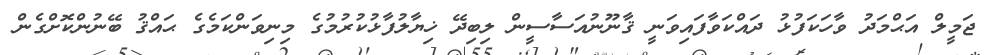
ޖަމީލް އަޙްމަދު ވާހަކަފުޅު ދައްކަވާފައިވަނީ ޤާނޫނުއަސާސީން ލިބިދޭ ޚިޔާލުފާޅުކުރުމުގެ މިނިވަންކަމެގެ ޙައްޤު ބޭނުންކޮށްގެން